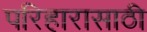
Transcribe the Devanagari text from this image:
परिहारासाठी